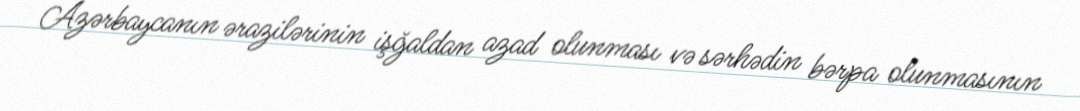
Azərbaycanın ərazilərinin işğaldan azad olunması və sərhədin bərpa olunmasının